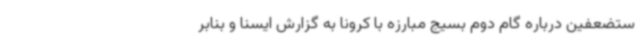
ستضعفین درباره گام دوم بسیج مبارزه با کرونا به گزارش ایسنا و بنابر